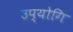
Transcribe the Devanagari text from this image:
उप्योगि